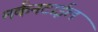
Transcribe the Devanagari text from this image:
मर्कनटाईल